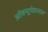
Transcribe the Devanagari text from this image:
ऑक्यूपेशनल